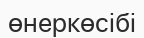
өнеркөсібі